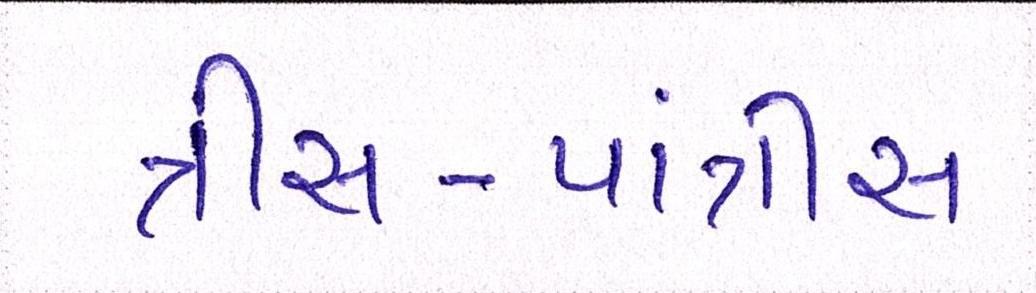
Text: ત્રીસ-પાંત્રીસ